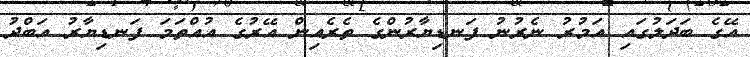
އޭގެ ބަދަލުގައި އަމުރު ނެރުުނު ފަނޑިޔާރުންގެ ތެރެއިން އޭރުގެ އުއްތަމަ ފަނޑިޔާރު އަބްދު